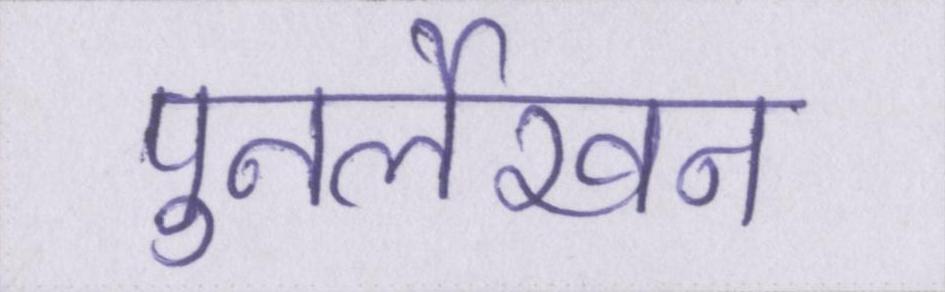
पुनर्लेखन